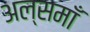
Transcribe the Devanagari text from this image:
अल्समाँ